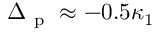
\Delta _ { \mathrm { ~ p ~ } } \approx - 0 . 5 \kappa _ { 1 }